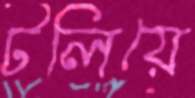
টলিয়ে